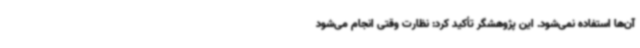
آن‌ها استفاده نمی‌شود. این پژوهشگر تأکید کرد: نظارت وقتی انجام می‌شود